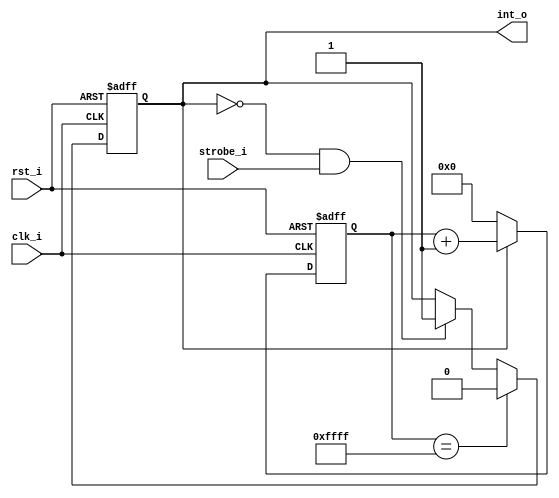
///////////////////////////////////////////////////////////////////
//% @file character_detect.v
//% @brief UART.
//% @author 
`timescale 1ns/10ps
//% @brief UART.
//% UART.
//% .
module character_detect
(
	input clk_i, //% 
	input rst_i, //% 
	input strobe_i, //% 
	output int_o //% 
);
parameter cw=16,d=65535;
parameter [0:0] polarity=1'b1;

reg [cw-1:0] counter;
reg int_r;

assign int_o = int_r;

always @(posedge clk_i, posedge rst_i)
begin
	if(rst_i)
		int_r <= 1'b0;
	else if(counter == d)
		int_r <= 1'b0;
	else if(~int_r && strobe_i==polarity)
		int_r <= 1'b1;
end

always @(posedge clk_i, posedge rst_i)
begin
	if(rst_i)
		counter <= 'b0;
	else if(int_r)
		counter <= counter + 1;
	else
		counter <= 'b0;
end

endmodule